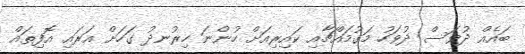
ބައެއް ދުވަސް ދުވަހު މަގުމައްޗާއި ކައިރިއަށް ހުންނަ ހިރުނދު ގަހަށް އަރައި އޮފިތައް